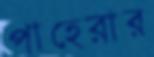
পাহেরার